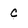
Character: c